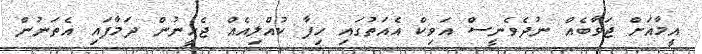
އީމާއަށް ޖަވާބެއް ނުދެވެނީސް އަވިކް އެއަތުގައި ހިފާ ކުއްލިއެއް ޖެހީނުން ދަމާފައި އެތަނުން